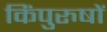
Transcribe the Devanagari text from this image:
किंपुरुषों